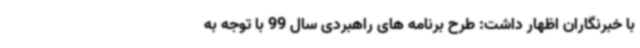
با خبرنگاران اظهار داشت: طرح برنامه های راهبردی سال 99 با توجه به